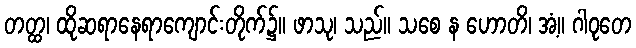
တတ္ထ၊ ထိုဆရာနေရာကျောင်းတိုက်၌။ ဖာသု၊ သည်။ သစေ န ဟောတိ၊ အံ့။ ဂါဝုတေ